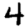
Digit: 4